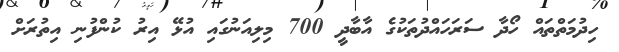
ހިދުމަތްތައް ހޯދާ ސަރަހައްދުތަކުގެ އާބާދީ 700 މިލިއަނުގައި އުޅޭ އިރު ކުންފުނި އިތުރަށް